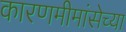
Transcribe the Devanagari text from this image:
कारणमीमांसेच्या